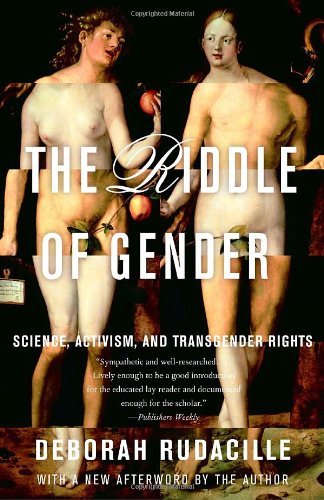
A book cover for The Riddle of Gender; Deborah Rudacille; Gay & Lesbian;